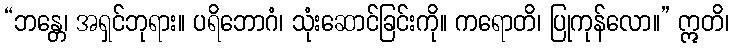
“ဘန္တေ၊ အရှင်ဘုရား။ ပရိဘောဂံ၊ သုံးဆောင်ခြင်းကို။ ကရောတိ၊ ပြုကုန်လော။” ဣတိ၊